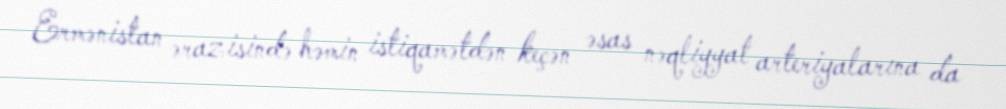
Ermənistan ərazisində həmin istiqamətdən keçən əsas nəqliyyat arteriyalarına da